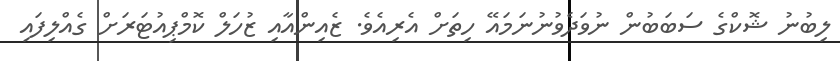
ލިބުނު ޝޮކްގެ ސަބަބުން ނުވަދެވުނުނަމައޭ ހިތަށް އެރިއެވެ. ޒެއިންއާއި ޒުހަލް ކޮމްޕިއުޓަރަށް ގެއްލިފައި